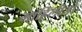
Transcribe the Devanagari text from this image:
माहिलीजो